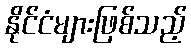
နိုင်ငံများဖြစ်သည့်